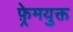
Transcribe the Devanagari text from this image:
फ़्रेमयुक्त